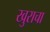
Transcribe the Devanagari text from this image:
खुराचा